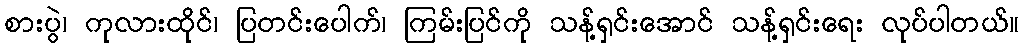
စားပွဲ၊ ကုလားထိုင်၊ ပြတင်းပေါက်၊ ကြမ်းပြင်ကို သန့်ရှင်းအောင် သန့်ရှင်းရေး လုပ်ပါတယ်။